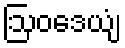
ဩဝဒေယျံ